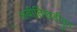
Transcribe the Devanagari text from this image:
अबीतिखडीतून